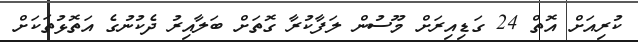
ކުރިއަށް އޮތް 24 ގަޑިއިރަށް މޫސުން ލަފާކުރާ ގޮތަށް ބަލާއިރު ދެކުނުގެ އަތޮޅުތަކަށް